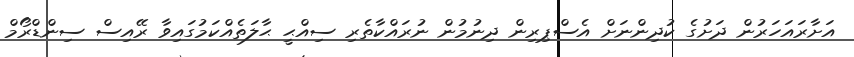
އަށާރައަހަރުން ދަށުގެ ކުދިންނަށް އެސްޕިރިން ދިނުމުން ނުރައްކާތެރި ސިއްޙީ ޙާލަތެއްކަމުގައިވާ ރޭއިސް ސިންޑްރޯމް